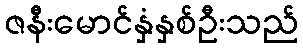
ဇနီးမောင်နှံနှစ်ဦးသည်